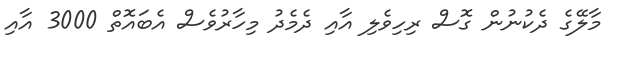
މާލޭގެ ދެކުނުން ގޮސް ރިހިވެލި އާއި ދެމެދު މިހާރުވެސް އެބަައޮތް 3000 އާއި